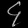
Digit: ၄